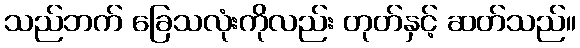
သည်ဘက် ခြေသလုံးကိုလည်း တုတ်နှင့် ဆတ်သည်။